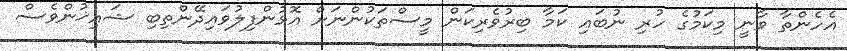
އެހެންތާ ވާނީ މިކަމުގެ ހުރި ނުބައި ކަމާ ބިރުވެރިކަން މީސްތަކުންނަށް އޮޅުންފިލުވައިދޭންތިބި ޝައިޚުންވެސް